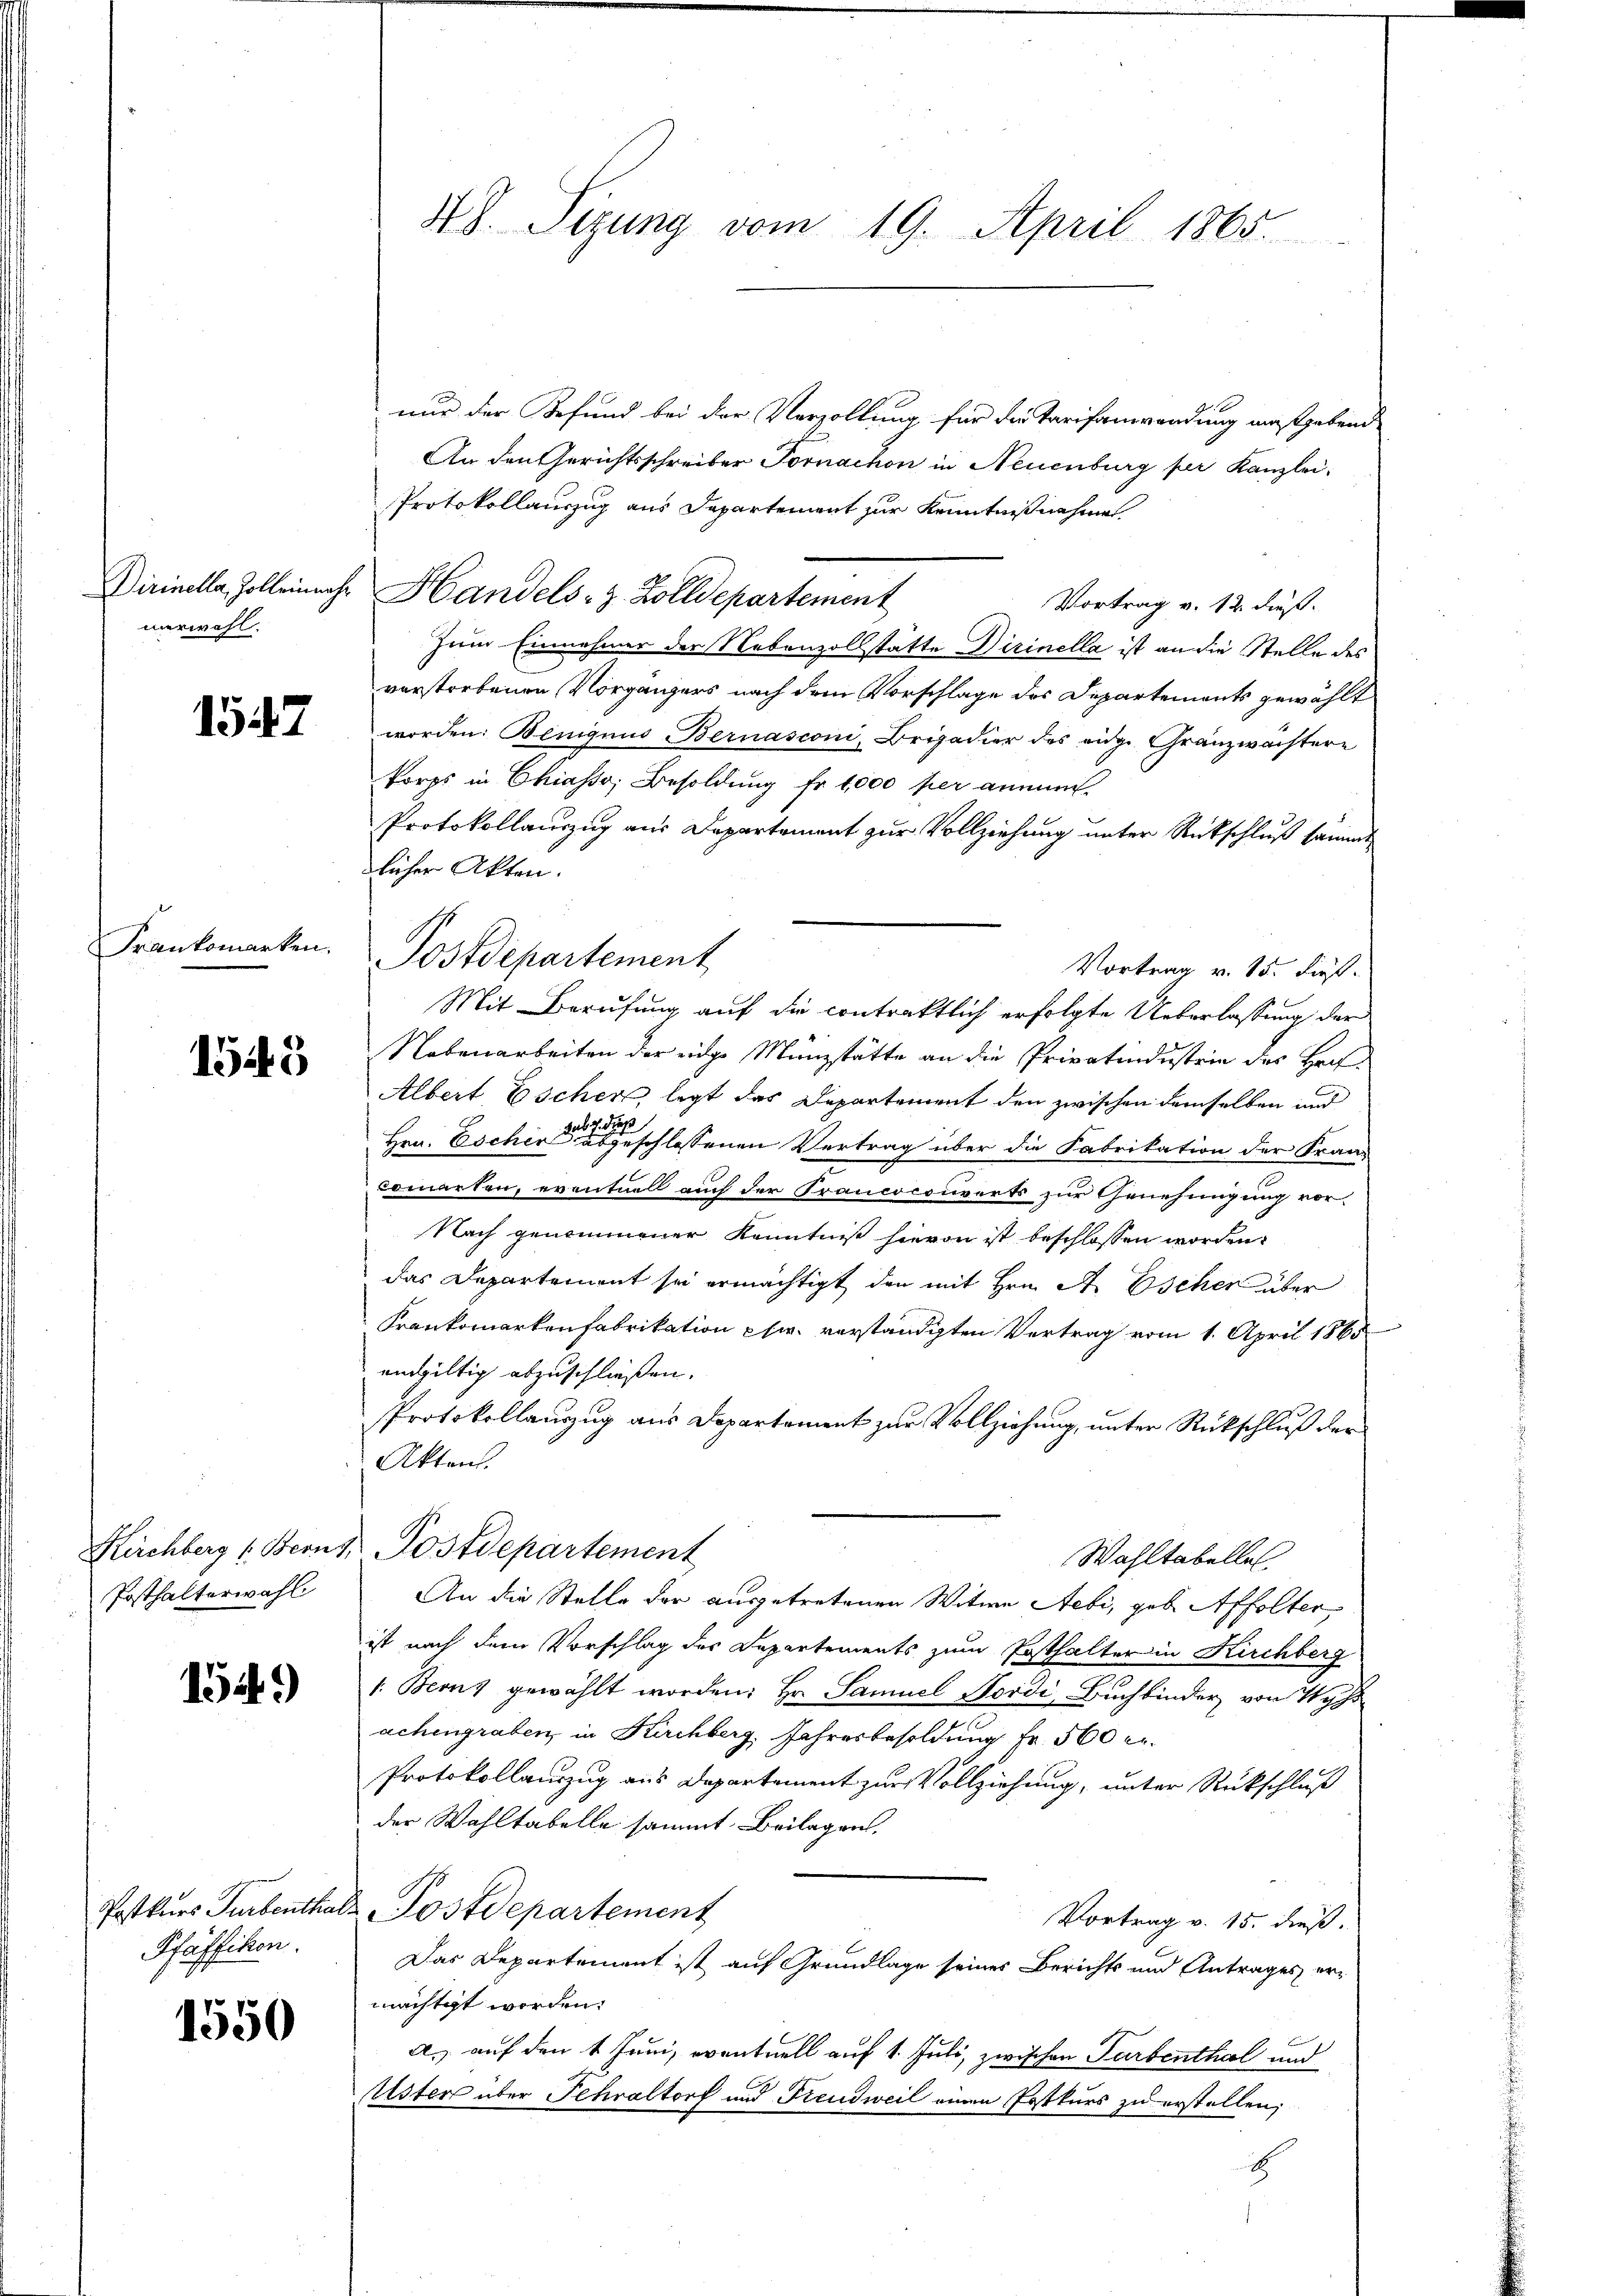
nurwahl.

1547

Frankomarken.

1545

Posthalterwahl

154)

Pfäffiken.

1550

48. Sizung vom 19. April 1865.

nur der Befund bei der Verzollung für die Tarifanwendung maßgebend
An den Gerichtsschreiber Fornachon in Neuenburg per Kanzlei-
Protokollauszug aus Departement zur Kenntnißnahme
Vortrag v. 12. dieß.
Zum Einnehmer der Nebenzollstatte Dirinella ist an die Stelle des
verstorbenen Vorgängers nach dem Vorschlage des Departements gewählt
worden: Beniquis Bernasconi, Brigadier des eidg. Gränzwachtern
korps in Chiasso, Besoldung fr. 1,000 per annie.
Protokollauszug aus Departement zur Vollziehung unter Rückschluß sammt
licher Akten.
Vortrag v. 15. dieß.
Mit Berufung auf die contraktlich erfolgte Ueberlassung der
Nebenarbeiten der einge Manzstätte an die Privatindustrie des Her¬
Albert Escher, legt das Departement den zwischen demselben und
Hrn. Escher eine einen geschlossenen Vertrag über die Fabrikation der Franz
comarten, eventuell auch der Francocouverts zur Genehmigung vor¬
Nach genommener Kenntniß hievon ist beschlossen worden,
das Departement sei ermächtigt, den mit Hrn. A. Escher über
Frankomarkenfabrikation pr. verständigten Vertrag vom 1. April 1865
eingültig abzuschließen.
Protokollauszug aus Departement zur Vollziehung, unter Rückschluß der
Akten.
Kirchberg (Berns, Postdepartement
Wahltabelle
An die Stelle der ausgetretenen Witwe Stebi, geb. Affolter
ist nach dem Vorschlag des Departements zum Posthalter in Kirchberg
1: Berns gewählt worden; Hr. Samuel Hordi, Buchbinder, von Wyh
achengraben in Kirchberg, Jahresbesoldung Fr. 500 er
Protokollauszug aus Departement zur Vollziehung, unter Rückschluß
der Wahltabelle sammt Beilagen.
Postkurs Turbenthals Postdepartement
Vortrag v. 15. dieß.
Das Departement ist auf Grundlage seines Berichts und Antrages er-
mächtigt worden.
A. auf den 1 Juni, eventuell auf 1. Juli, zwischen Farbenthal und
Uster über Fehraltorf und Freudweil einen Postkurs zu erstellen;
E

Postdepartement

Dirinella, Zolleinahe Handels- & Zolldepartement